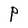
Character: P